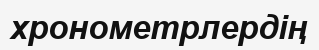
хронометрлердің